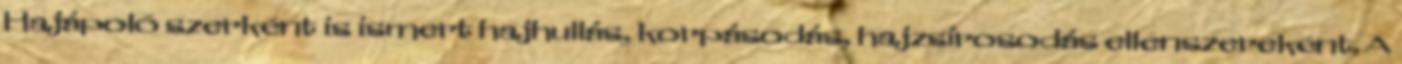
Hajápoló szerként is ismert hajhullás, korpásodás, hajzsírosodás ellenszereként. A